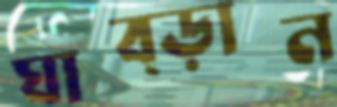
ঘাব্‌ড়ান